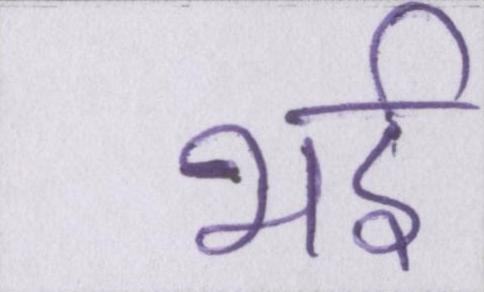
भई